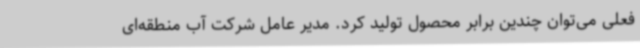
فعلی می‌توان چندین برابر محصول تولید کرد. مدیر عامل شرکت آب منطقه‌ای